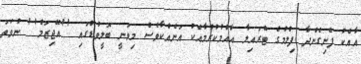
އާއެކު ފެނިގެންދާ ފިލްމުގެ ޓްރައިލާ އާއްމުކުރުމާއެކު އަނެއްކާވެސް މިވަނީ ބޮލީވުޑްގައި ''އޭޖިޒަމް'' ނުވަތަ